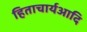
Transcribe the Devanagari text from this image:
हिताचार्यआदि